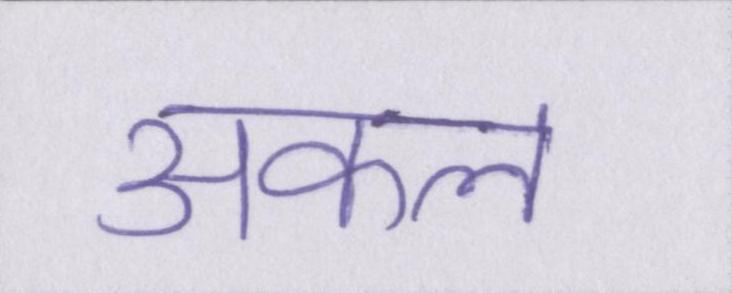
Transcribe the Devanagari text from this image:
अकल